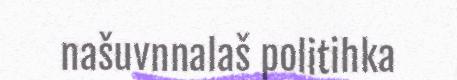
našuvnnalaš politihka